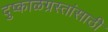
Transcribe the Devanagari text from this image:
दुष्काळग्रस्तांसाठी